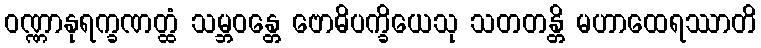
ဝဏ္ဏာနုရက္ခဏတ္ထံ သမ္ဘဝန္တေ ဗောဓိပက္ခိယေသု သတတန္တိ မဟာထေရဿာတိ